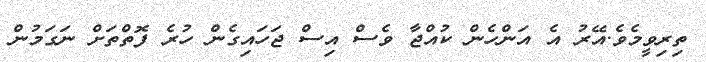
ތިރިވީމެވެ.އޭރު އެ އަންހެން ކުއްޖާ ވެސް އިސް ޖަހައިގެން ހުރެ ފޮތްތަށް ނަގަމުން